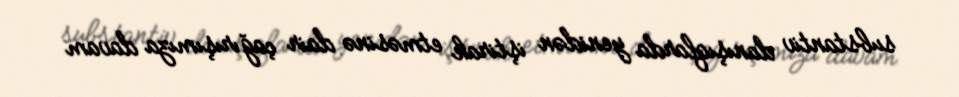
substantiv danışıqlarda yenidən iştirak etməsinə dair çağırışımıza davam